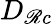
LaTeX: D_{\mathscr{R}c}